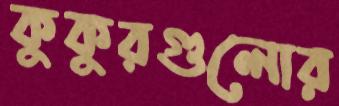
কুকুরগুলোর